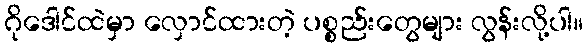
ဂိုဒေါင်ထဲမှာ လှောင်ထားတဲ့ ပစ္စည်းတွေများ လွန်းလို့ပါ။